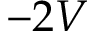
- 2 V